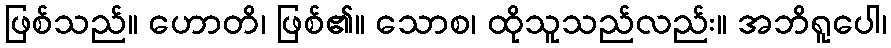
ဖြစ်သည်။ ဟောတိ၊ ဖြစ်၏။ သောစ၊ ထိုသူသည်လည်း။ အဘိရူပေါ၊